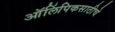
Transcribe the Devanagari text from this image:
ऑलिंपिकसाठीचे